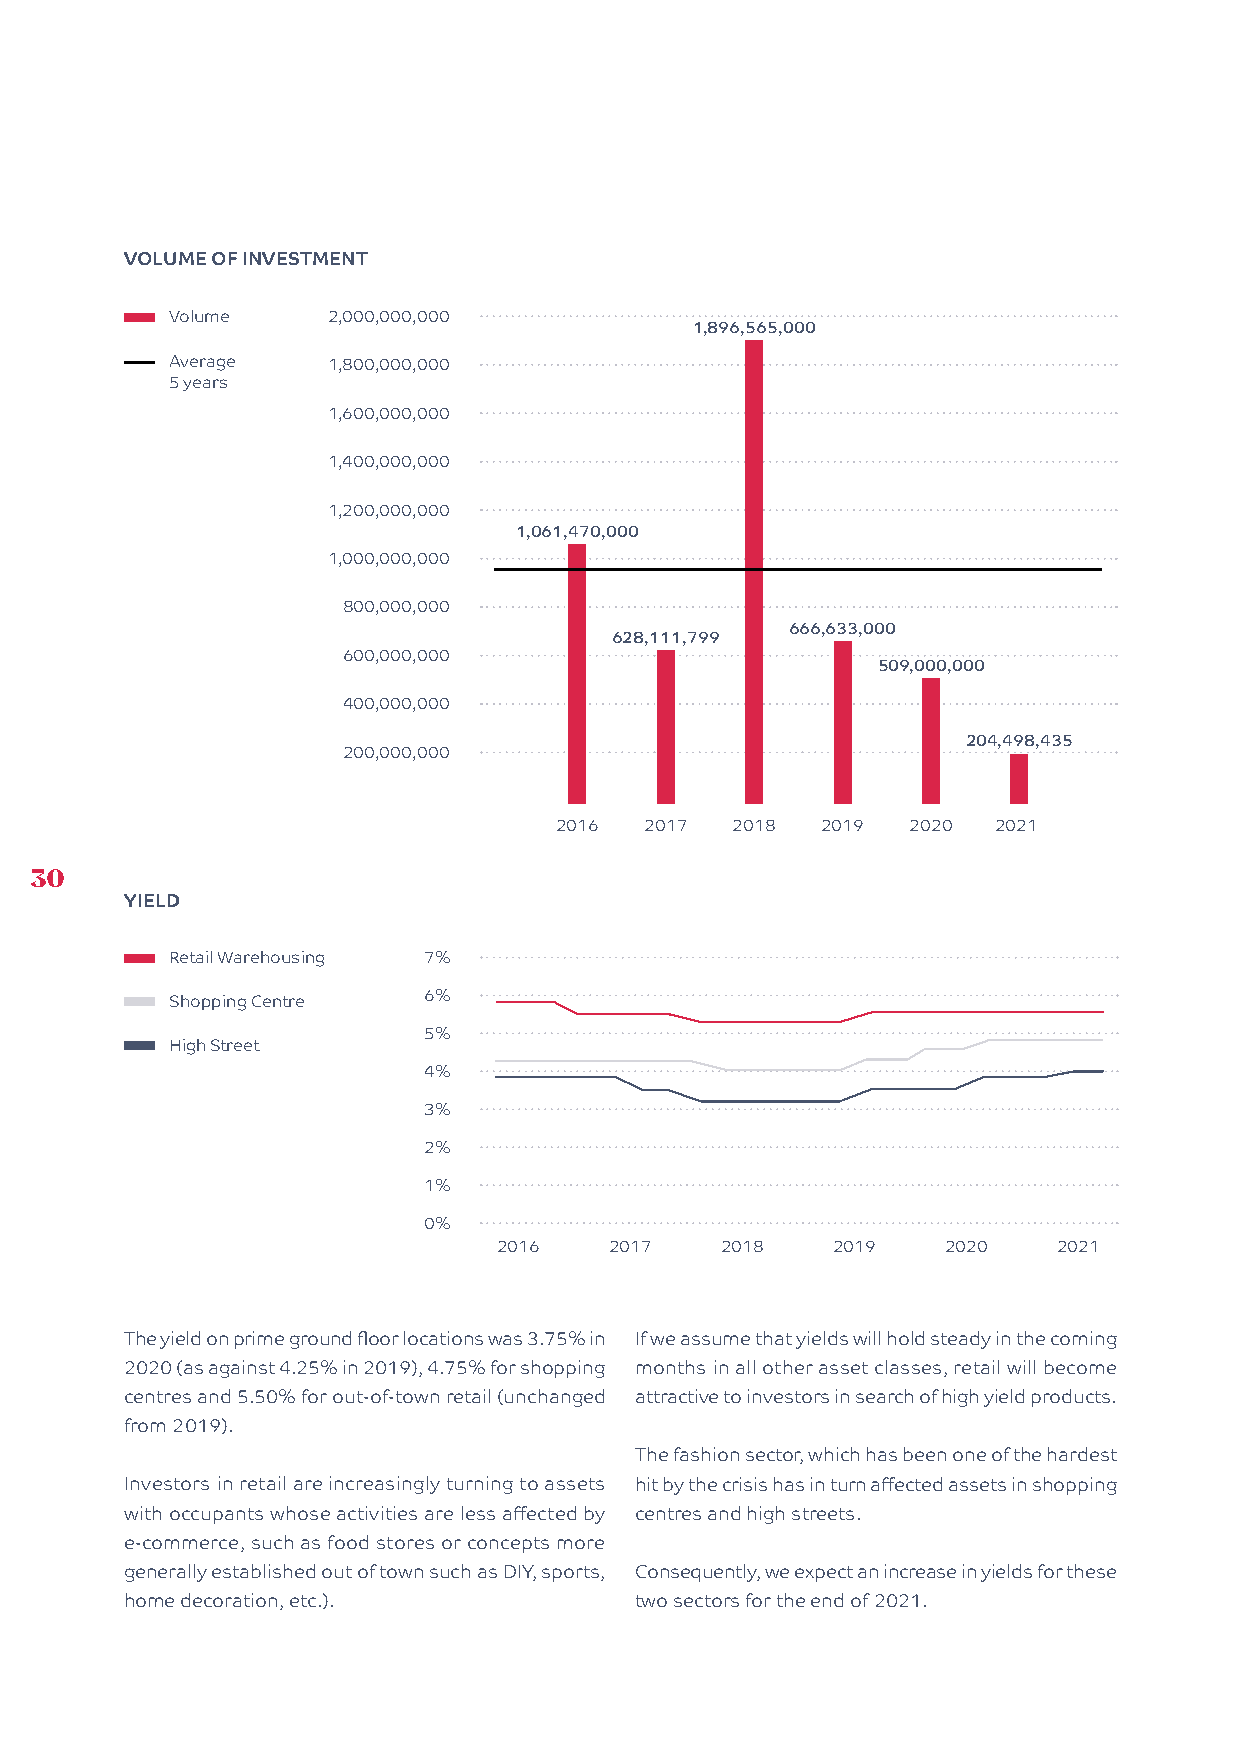
VOLUME OF INVESTMENT
 Volume     2,000,000,000
 1,896,565,000
 Average    1,800,000,000
 5 years
 1,600,000,000
 1,400,000,000
 1,200,000,000
 1,061,470,000
 1,000,000,000
 800,000,000
 666,633,000
 628,111,799
 600,000,000
 509,000,000
 400,000,000
 204,498,435
 200,000,000
 2016  2017 2018  2019  2020  2021
 30
 YIELD
 Retail Warehousing 7%
 Shopping Centre  6%
 5%
 High Street
 4%
 3%
 2%
 1%
 0%
 2016   2017    2018   2019    2020   2021
 The yield on prime ground floor locations was 3.75% in If we assume that yields will hold steady in the coming
 2020 (as against 4.25% in 2019), 4.75% for shopping months in all other asset classes, retail will become
 centres and 5.50% for out-of-town retail (unchanged attractive to investors in search of high yield products.
 from 2019).
 The fashion sector, which has been one of the hardest
 Investors in retail are increasingly turning to assets hit by the crisis has in turn affected assets in shopping
 with occupants whose activities are less affected by centres and high streets.
 e-commerce, such as food stores or concepts more
 generally established out of town such as DIY, sports, Consequently, we expect an increase in yields for these
 home decoration, etc.).           two sectors for the end of 2021.